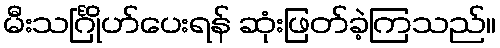
မီးသင်္ဂြိုဟ်ပေးရန် ဆုံးဖြတ်ခဲ့ကြသည်။